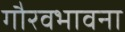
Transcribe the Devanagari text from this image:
गौरवभावना